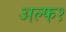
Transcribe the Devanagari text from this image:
अल्फ१